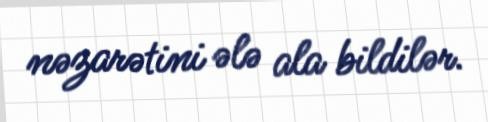
nəzarətini ələ ala bildilər.